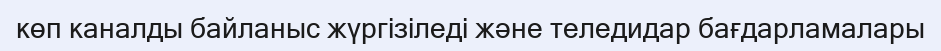
көп каналды байланыс жүргізіледі және теледидар бағдарламалары